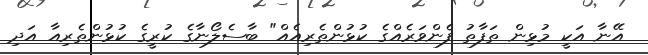
އޭނާ އަކީ މުޅިން ތަފާތު ފެންވަރެއްގެ ކުޅުންތެރިއެއް" ބާސެލޯނާގެ ކުރީގެ ކުޅުންތެރިއާ އަދި